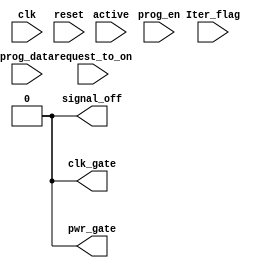

//`define NATIVE_PM
`define NO_PM
module power_manager    #(parameter 	DATA_WIDTH = 32, 
										SLOTS = 20,
										POWER_TICK_RESOLUTION = 2000,
										WAKE_UP_LATENCY = 200,
										ACTIVITY_DETECT = 50) 
(
    input clk,
    input reset,
	input [1:0] Iter_flag,
    input [DATA_WIDTH-1:0] prog_data,
	input prog_en,
    input request_to_on,
	input active,
    
    output clk_gate,
    output pwr_gate,
    output signal_off
); 

reg [2:0] power_states [0 : SLOTS - 1];
reg [7:0] pointer;
reg [11:0] tick_counter;

integer j;

localparam ON_STATE = 3'b000; // 0
localparam PWR_GATE_STATE = 3'b011; // 3
localparam CLK_GATE_STATE = 3'b010; //2
localparam WAKE_UP_STATE = 3'b001;//1
localparam CLK_GATE_BUT_ON_STATE = 3'b111; //7
localparam PWR_GATE_BUT_ON_STATE = 3'b101;
reg [2:0] c_state;
reg [2:0] n_state;


localparam CLK_GATE_WAIT = 2;
localparam PWR_GATE_WAIT = 5000;
localparam PWR_GATE_WAIT_MED  = 150;
localparam PWR_GATE_WAIT_LONG = 10000;

reg [CLK_GATE_WAIT - 1 : 0] short_idle_detect;
reg [PWR_GATE_WAIT_LONG - 1 : 0] long_idle_detect;
wire we_can_clk_gate;
wire we_can_pwr_gate;
wire we_can_pwr_gate_med;
wire we_can_pwr_gate_long;
always @ (posedge clk)
begin
	if (reset) begin
		short_idle_detect <= 1;
	end
	else begin
		short_idle_detect <= 	((active | request_to_on) == 0) ? {short_idle_detect[CLK_GATE_WAIT - 2 : 0] , 1'b0} :
								{short_idle_detect[CLK_GATE_WAIT - 2 : 0] , 1'b1}; 
	end
end

always @ (posedge clk)
begin
	if (reset) begin
		long_idle_detect <= 1;
	end
	else begin
		
		`ifdef NATIVE_PM

		long_idle_detect <= 	(((c_state == WAKE_UP_STATE)| active | request_to_on) == 0) ? {long_idle_detect[PWR_GATE_WAIT_LONG - 2 : 0] , 1'b0} :
								{long_idle_detect[PWR_GATE_WAIT_LONG - 2 : 0] , 1'b1}; 

		`else
		long_idle_detect <= 	((active | request_to_on) == 0) ? {long_idle_detect[PWR_GATE_WAIT_LONG - 2 : 0] , 1'b0} :
								{long_idle_detect[PWR_GATE_WAIT_LONG - 2 : 0] , 1'b1}; 
			
		`endif
	end
end

assign we_can_clk_gate       = ~(| short_idle_detect);
assign we_can_pwr_gate       = ~(| long_idle_detect[PWR_GATE_WAIT - 1 :0]);
assign we_can_pwr_gate_med   = ~(| long_idle_detect[PWR_GATE_WAIT_MED - 1 :0]);
assign we_can_pwr_gate_long  = ~(| long_idle_detect);



always @ (posedge clk)
begin
	if (reset) begin
		pointer <= 0;
	end
	else begin
		pointer <= 	(Iter_flag == 0) ? 0:
					(pointer >= (SLOTS)) ? 0:// TODO // 
					((tick_counter >= POWER_TICK_RESOLUTION - 1) && (pointer < SLOTS - 1))?
					//(tick_counter >= POWER_TICK_RESOLUTION - 1)?
					(pointer + 1) : pointer;				 
	end
end

/*
reg router_activity_detect;
reg [6:0] active_ticks;

always @ (posedge CLK)
begin
	if (reset) begin
		active_ticks <= 0;
	end
	else begin
		active_ticks <= (Iter_flag == 0) ? 0:
						(active_ticks == ACTIVITY_DETECT - 1)? 0:
						active_ticks + 1;				 
	end
end


always @ (posedge CLK)
begin	
	if (reset) begin
		router_activity_detect <= 0;
	end

	else begin
		router_activity_detect <= 	(Iter_flag == 0) ? 0:
						 			(active_ticks == ACTIVITY_DETECT - 1)? 0: 
									router_activity_detect ? 1 : active;
								 
	end

end
*/

reg [7:0] wake_up_counter;

always @(posedge clk)
begin
	if (reset)
		wake_up_counter <= 0;
	else
		case (c_state)

			WAKE_UP_STATE: begin
				if (wake_up_counter <= (WAKE_UP_LATENCY - 1))
						wake_up_counter <= wake_up_counter + 1;
			end
			PWR_GATE_BUT_ON_STATE: begin
				if (wake_up_counter <= (WAKE_UP_LATENCY - 1))
						wake_up_counter <= wake_up_counter + 1;
			end
			default:
				wake_up_counter <= 0;

		endcase
end


always @(posedge clk)
begin
	if (reset) begin
		for (j = 0; j < SLOTS; j = j + 1) begin
				power_states[j] <= ON_STATE;
		end
	end
	else if (prog_en) begin
		power_states[prog_data[15:0]] <= prog_data[31:16];
	end
	
end


always @(posedge clk)
begin
	if (reset | (Iter_flag == 0)) begin
		tick_counter <= 0;
	end
	else if (tick_counter == POWER_TICK_RESOLUTION - 1) begin
		tick_counter <= 0;
	end
	else begin
		tick_counter <= tick_counter + 1;
	end
end

`ifdef NATIVE_PM
always @(posedge clk)
begin
	if(reset) begin
		c_state <= ON_STATE;
	end	
	else begin
		c_state <= n_state;
	end
end

/*
always @ (*)
begin
	case (c_state)

		ON_STATE : begin
			if ((Iter_flag == 0) || request_to_on || active || (~we_can_pwr_gate) || ( ~we_can_clk_gate)) // TODO
				n_state = ON_STATE;
			else if ((power_states[pointer] == PWR_GATE_STATE) && (~we_can_pwr_gate)) // TODO
				n_state = ON_STATE;
			else
				n_state = power_states[pointer];
		end
		
		PWR_GATE_STATE : begin
			if ((request_to_on) | (Iter_flag == 0)|(power_states[pointer] != PWR_GATE_STATE))  
				//n_state = PWR_GATE_BUT_ON_STATE;
				n_state = WAKE_UP_STATE;
			else
				n_state = power_states[pointer];
		end

		CLK_GATE_STATE : begin
			if (Iter_flag == 0)
				n_state = ON_STATE;
			else
				n_state = power_states[pointer];
		end

		WAKE_UP_STATE : begin
			n_state = ((wake_up_counter >= WAKE_UP_LATENCY - 1) ) ? ON_STATE
							: WAKE_UP_STATE;
		end
	
		
		default:
			n_state = ON_STATE;

	endcase
end
*/
always @ (*)
begin
	case (c_state)

		ON_STATE : begin
			if (we_can_clk_gate)
				n_state = CLK_GATE_STATE;
			/*
			else if (we_can_pwr_gate && (power_states[pointer] == PWR_GATE_STATE))
				n_state = PWR_GATE_STATE;
			else if (we_can_pwr_gate_med && (power_states[pointer] == CLK_GATE_STATE))
				n_state = PWR_GATE_STATE;
			else if (we_can_pwr_gate_long && (power_states[pointer] == ON_STATE))
				n_state = PWR_GATE_STATE;
			*/
			else if (we_can_pwr_gate_long && ((power_states[pointer] == ON_STATE) || (power_states[pointer] == CLK_GATE_STATE) || (power_states[pointer] == PWR_GATE_STATE)) )
				n_state = PWR_GATE_STATE;
			else if (we_can_pwr_gate_med && ((power_states[pointer] == CLK_GATE_STATE) || (power_states[pointer] == PWR_GATE_STATE)) )
				n_state = PWR_GATE_STATE;
			else if (we_can_pwr_gate && (power_states[pointer] == PWR_GATE_STATE))
				n_state = PWR_GATE_STATE;
			else
				n_state = ON_STATE;
		end
		
		PWR_GATE_STATE : begin
			if (request_to_on) 
				n_state = WAKE_UP_STATE;
			//else if (power_states[pointer] == ON_STATE)
			//	n_state = WAKE_UP_STATE;
			else
				n_state = PWR_GATE_STATE;
		end

		CLK_GATE_STATE : begin
			if (request_to_on)
				n_state = ON_STATE;
			
			/*
			else if (we_can_pwr_gate && (power_states[pointer] == PWR_GATE_STATE))
				n_state = PWR_GATE_STATE;
			else if (we_can_pwr_gate_med && (power_states[pointer] == CLK_GATE_STATE))
				n_state = PWR_GATE_STATE;
			else if (we_can_pwr_gate_long && (power_states[pointer] == ON_STATE))
				n_state = PWR_GATE_STATE;
			*/
			else if (we_can_pwr_gate_long && ((power_states[pointer] == ON_STATE) || (power_states[pointer] == CLK_GATE_STATE) || (power_states[pointer] == PWR_GATE_STATE)) )
				n_state = PWR_GATE_STATE;
			else if (we_can_pwr_gate_med && ((power_states[pointer] == CLK_GATE_STATE) || (power_states[pointer] == PWR_GATE_STATE)) )
				n_state = PWR_GATE_STATE;
			else if (we_can_pwr_gate && (power_states[pointer] == PWR_GATE_STATE))
				n_state = PWR_GATE_STATE;
			else
				n_state = CLK_GATE_STATE;
		end

		WAKE_UP_STATE : begin
			n_state = ((wake_up_counter >= WAKE_UP_LATENCY - 1) ) ? ON_STATE
							: WAKE_UP_STATE;
			end
		
		default:
			n_state = ON_STATE;

	endcase
end

assign clk_gate = (c_state == CLK_GATE_STATE) & (~active) & (we_can_clk_gate);
                                                                                                                                                                             
assign pwr_gate = ((c_state == PWR_GATE_STATE) & (~active) & (we_can_pwr_gate) ) ? 1 : 0;

//assign clk_gate = (((c_state == CLK_GATE_STATE) && (~active)) || ((c_state == ON_STATE) & we_can_clk_gate & (~active) )) 
															  //|| ((c_state == CLK_GATE_BUT_ON_STATE) & we_can_clk_gate & (~active) )//);
															  //|| ((c_state == PWR_GATE_BUT_ON_STATE) & we_can_clk_gate & (~active)));

//assign pwr_gate = (c_state == PWR_GATE_STATE) && (~active) && (we_can_pwr_gate);

//assign pwr_gate = 0;

//assign pwr_gate = ((c_state == PWR_GATE_STATE) & (~active) & (we_can_pwr_gate) ) ? 1 : 0;
//assign pwr_gate = (c_state == PWR_GATE_STATE) && (we_can_pwr_gate);
//assign pwr_gate = (c_state == PWR_GATE_STATE) && (~active);
//assign signal_off = clk_gate | pwr_gate | (c_state == WAKE_UP_STATE)|((c_state == PWR_GATE_BUT_ON_STATE) && (wake_up_counter < WAKE_UP_LATENCY-1));
assign signal_off = clk_gate || pwr_gate || (c_state == WAKE_UP_STATE);

`elsif NO_PM


assign clk_gate = 0;
assign pwr_gate = 0;
assign signal_off = 0;


`else
always @(posedge clk)
begin
	if(reset) begin
		c_state <= ON_STATE;
	end	
	else begin
		c_state <= n_state;
	end
end


always @ (*)
begin
	case (c_state)

		ON_STATE : begin
			if (we_can_clk_gate)
				n_state = CLK_GATE_STATE;
			else if (we_can_pwr_gate)
				n_state = PWR_GATE_STATE;
			else
				n_state = ON_STATE;
		end
		
		PWR_GATE_STATE : begin
			if (request_to_on) 
				n_state = WAKE_UP_STATE;
			else
				n_state = PWR_GATE_STATE;
		end

		CLK_GATE_STATE : begin
			if (request_to_on)
				n_state = ON_STATE;
			else if (we_can_pwr_gate)
				n_state = PWR_GATE_STATE;
			else
				n_state = CLK_GATE_STATE;
		end

		WAKE_UP_STATE : begin
			n_state = ((wake_up_counter >= WAKE_UP_LATENCY - 1) ) ? ON_STATE
							: WAKE_UP_STATE;
			end
		
		default:
			n_state = ON_STATE;

	endcase
end



                                                                                                             
assign clk_gate = (c_state == CLK_GATE_STATE) & (~active) & (we_can_clk_gate);
//assign clk_gate = 0;                                                                                                                                                                               
assign pwr_gate = ((c_state == PWR_GATE_STATE) & (~active) & (we_can_pwr_gate) ) ? 1 : 0;
//assign pwr_gate = 0;
assign signal_off = clk_gate | pwr_gate | (c_state == WAKE_UP_STATE);

`endif
//assign pwr_gate = ((c_state == PWR_GATE_STATE) & (~active) ) ? 1 : 0;
/*
assign signal_off = ((c_state == CLK_GATE_STATE) | 
					 (c_state == PWR_GATE_STATE) |
					 (c_state == WAKE_UP_STATE)  |
					 ((c_state == PWR_GATE_BUT_ON_STATE) && (wake_up_counter < WAKE_UP_LATENCY-1)) )? 1 :0;
*/		

endmodule